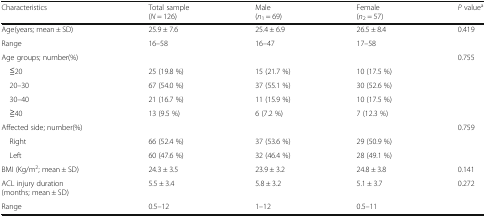
<table><thead><tr><td><b>Characteristics</b></td><td><b>Total sample(<i>N</i> = 126)</b></td><td><b>Male(<i>n</i><sub>1</sub> = 69)</b></td><td><b>Female(<i>n</i><sub>2</sub> = 57)</b></td><td><b><i>P</i> value<sup>a</sup></b></td></tr></thead><tbody><tr><td>Age(years; mean ± SD)</td><td>25.9 ± 7.6</td><td>25.4 ± 6.9</td><td>26.5 ± 8.4</td><td>0.419</td></tr><tr><td>Range</td><td>16–58</td><td>16–47</td><td>17–58</td><td></td></tr><tr><td>Age groups; number(%)</td><td></td><td></td><td></td><td>0.755</td></tr><tr><td> ≦20</td><td>25 (19.8 %)</td><td>15 (21.7 %)</td><td>10 (17.5 %)</td><td></td></tr><tr><td> 20–30</td><td>67 (54.0 %)</td><td>37 (55.1 %)</td><td>30 (52.6 %)</td><td></td></tr><tr><td> 30–40</td><td>21 (16.7 %)</td><td>11 (15.9 %)</td><td>10 (17.5 %)</td><td></td></tr><tr><td> ≧40</td><td>13 (9.5 %)</td><td>6 (7.2 %)</td><td>7 (12.3 %)</td><td></td></tr><tr><td>Affected side; number(%)</td><td></td><td></td><td></td><td>0.759</td></tr><tr><td> Right</td><td>66 (52.4 %)</td><td>37 (53.6 %)</td><td>29 (50.9 %)</td><td></td></tr><tr><td> Left</td><td>60 (47.6 %)</td><td>32 (46.4 %)</td><td>28 (49.1 %)</td><td></td></tr><tr><td>BMI (Kg/m<sup>2</sup>; mean ± SD)</td><td>24.3 ± 3.5</td><td>23.9 ± 3.2</td><td>24.8 ± 3.8</td><td>0.141</td></tr><tr><td>ACL injury duration(months; mean ± SD)</td><td>5.5 ± 3.4</td><td>5.8 ± 3.2</td><td>5.1 ± 3.7</td><td>0.272</td></tr><tr><td>Range</td><td>0.5–12</td><td>1–12</td><td>0.5–11</td><td></td></tr></tbody></table>